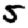
Digit: 5